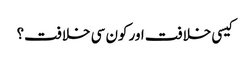
کیسی خلافت اور کون سی خلافت؟